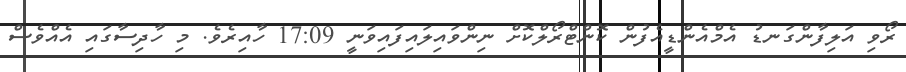
ރޯވި އަލިފާންގަނޑު އެމްއެންޑީއެފުން ކޮންޓްރޯލްކޮށް ނިންވައިލައިފައިވަނީ 17:09 ހާއިރެވެ. މި ހާދިސާގައި އެއްވެސް